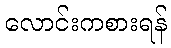
လောင်းကစားရန်